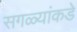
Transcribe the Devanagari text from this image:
सगळ्यांकडे